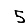
Digit: 5